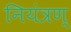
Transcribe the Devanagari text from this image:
नियंत्रण्‌